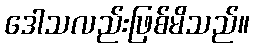
ဒေါသလည်းဖြစ်မိသည်။